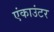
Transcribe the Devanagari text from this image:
एंकाउंटर